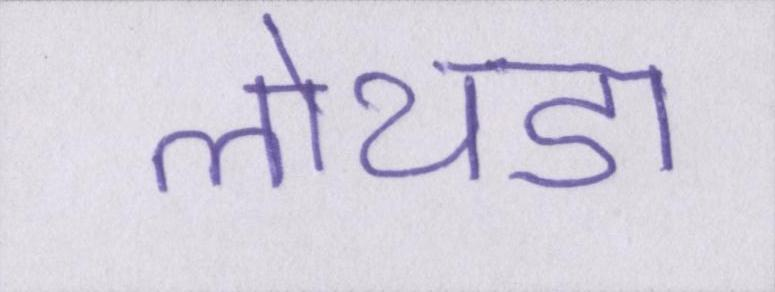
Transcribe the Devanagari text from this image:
लोथडा